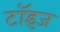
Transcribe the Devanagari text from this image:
टॉइज